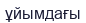
ұйымдағы